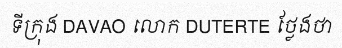
ទីក្រុង DAVAO លោក DUTERTE ថ្លែងថា